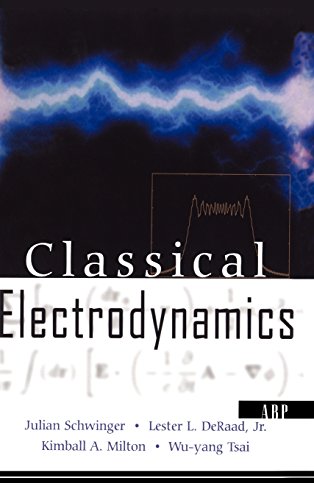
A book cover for Classical Electrodynamics (Advanced Book Program); Julian Schwinger; Science & Math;